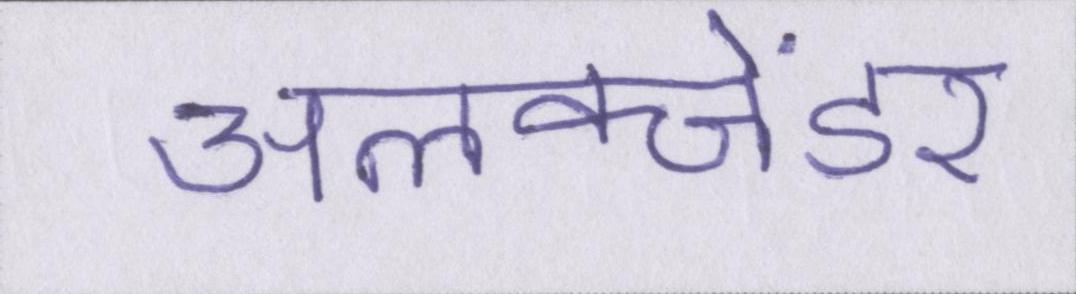
अलेक्जेंडर